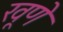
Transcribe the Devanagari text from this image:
खूणे